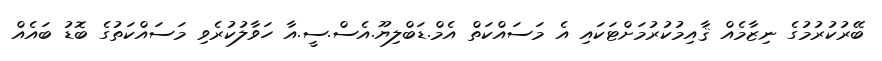
ބޭރުކުރުމުގެ ނިޒާމެއް ޤާއިމުކުރުމަށްޓަކައި އެ މަސައްކަތް އެމް.ޑަބްލިޔޫ.އެސް.ސީ.އާ ހަވާލުކުރެވި މަސައްކަތުގެ ބޮޑު ބައެއް